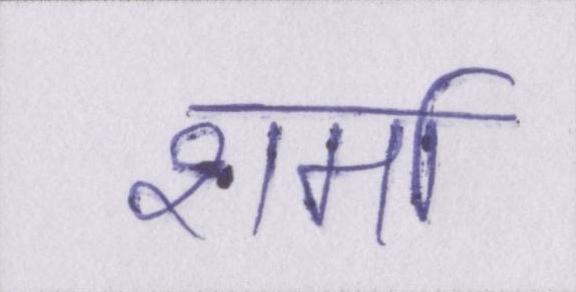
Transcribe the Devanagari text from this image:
शर्मा